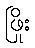
ဖြိုး